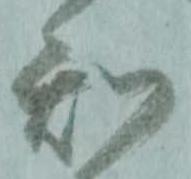
知